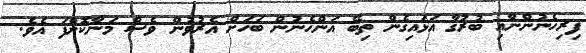
ފިިރިހެނުންނާއި ބުރުގާ އަޅައިގެން ތިބޭ އަންހެނުން ބަހަށް އެރުވުން ވެސް މަނާކޮށްފަ އެވެ.